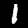
Label: 1